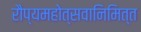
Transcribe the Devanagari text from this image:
रौप्यमहोत्सवानिमित्त